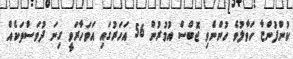
ކުންފުންޏާ ހަވާލުވެ ހުންނެވި ޖޮބްސް އުމުރުން 56 އަހަރުގައި އަވަހާރަވީ ގިނަ ދުވަސްތަކެއް